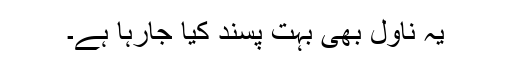
یہ ناول بھی بہت پسند کیا جارہا ہے۔